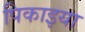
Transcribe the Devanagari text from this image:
पिकाइया